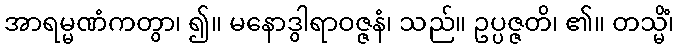
အာရမ္မဏံကတွာ၊ ၍။ မနောဒွါရာဝဇ္ဇနံ၊ သည်။ ဥပ္ပဇ္ဇတိ၊ ၏။ တသ္မိံ၊